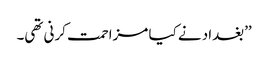
’’بغداد نے کیا مزاحمت کرنی تھی۔